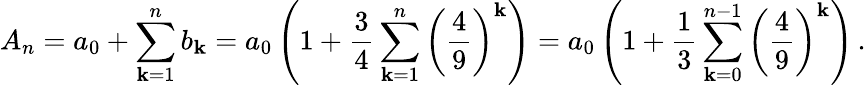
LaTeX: A_{n}=a_{0}+\sum_{\mathbf{k}=1}^{n}b_{\mathbf{k}}=a_{0}\left(1+{\frac{{3}}{{4}}}\sum_{\mathbf{k}=1}^{n}\left({\frac{{4}}{{9}}}\right)^{\mathbf{k}}\right)=a_{0}\left(1+{\frac{{1}}{{3}}}\sum_{\mathbf{k}=0}^{n-1}\left({\frac{{4}}{{9}}}\right)^{\mathbf{k}}\right)\, .